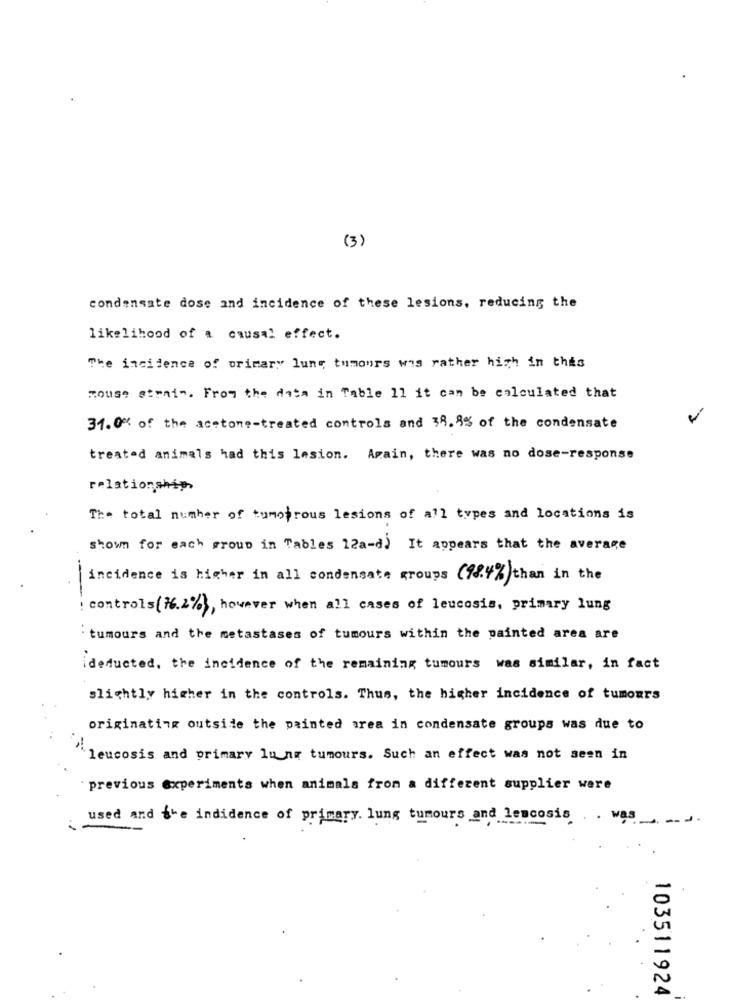
(3)
condensate dose and incidence of these lesions, reducing the
likelihood of a causal effect.
The incidence of primary lung tumours was rather high in this
mouse atrai". From the data in Table 11 it can be calculated that
31.0% of the acetone-treated controls and 30.9% of the condensate
treated animals had this lesion. Again, there was no dose-response
relationship
The total number of tumoprous lesions of all types and locations is
shown for each group in Tables 12a-d) It appears that the average
-
incidence is higher in all condensate groups (48.4%)than in the
: controls(16.2%), however when all cases of leucosis, primary lung
` tumours and the metastases of tumours within the painted area are
ideducted, the incidence of the remaining tumours was similar, in fact
slightly higher in the controls. Thus, the higher incidence of tumours
originating outside the painted area in condensate groups was due to
'leucosis and primary lu ne tumours. Such an effect was not seen in
previous experiments when animals from a different supplier were
used and the indidence of primary. lung tumours and lescosis . . was
103511924